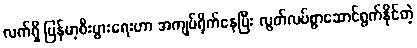
လက်ရှိ မြန်မာ့စီးပွားရေးဟာ အကျပ်ရိုက်နေပြီး လွတ်လပ်စွာဆောင်ရွက်နိုင်တဲ့